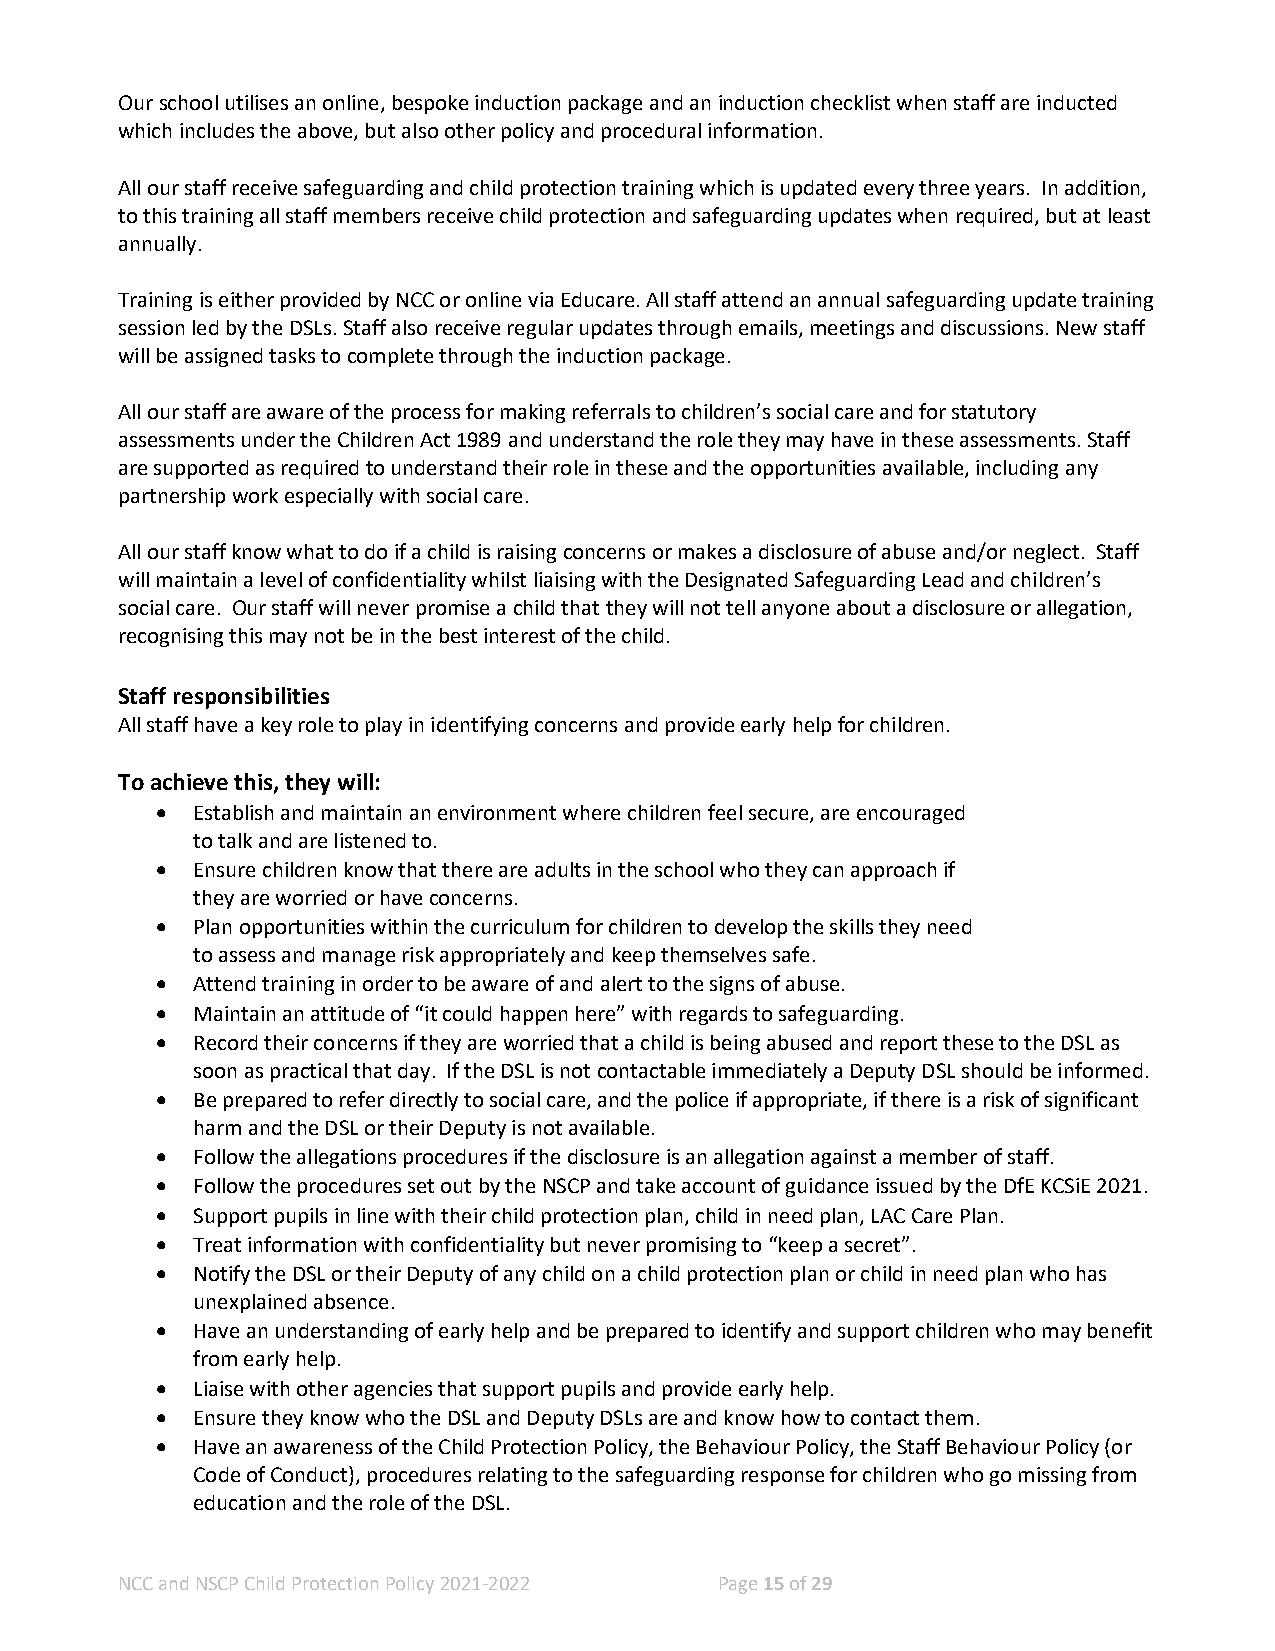
Our school utilises an online, bespoke induction package and an induction checklist when staff are inducted
 which includes the above, but also other policy and procedural information.
 All our staff receive safeguarding and child protection training which is updated every three years. In addition,
 to this training all staff members receive child protection and safeguarding updates when required, but at least
 annually.
 Training is either provided by NCC or online via Educare. All staff attend an annual safeguarding update training
 session led by the DSLs. Staff also receive regular updates through emails, meetings and discussions. New staff
 will be assigned tasks to complete through the induction package.
 All our staff are aware of the process for making referrals to children’s social care and for statutory
 assessments under the Children Act 1989 and understand the role they may have in these assessments. Staff
 are supported as required to understand their role in these and the opportunities available, including any
 partnership work especially with social care.
 All our staff know what to do if a child is raising concerns or makes a disclosure of abuse and/or neglect. Staff
 will maintain a level of confidentiality whilst liaising with the Designated Safeguarding Lead and children’s
 social care. Our staff will never promise a child that they will not tell anyone about a disclosure or allegation,
 recognising this may not be in the best interest of the child.
 Staff responsibilities
 All staff have a key role to play in identifying concerns and provide early help for children.
 To achieve this, they will:
 •  Establish and maintain an environment where children feel secure, are encouraged
 to talk and are listened to.
 •  Ensure children know that there are adults in the school who they can approach if
 they are worried or have concerns.
 •  Plan opportunities within the curriculum for children to develop the skills they need
 to assess and manage risk appropriately and keep themselves safe.
 •  Attend training in order to be aware of and alert to the signs of abuse.
 •  Maintain an attitude of “it could happen here” with regards to safeguarding.
 •  Record their concerns if they are worried that a child is being abused and report these to the DSL as
 soon as practical that day. If the DSL is not contactable immediately a Deputy DSL should be informed.
 •  Be prepared to refer directly to social care, and the police if appropriate, if there is a risk of significant
 harm and the DSL or their Deputy is not available.
 •  Follow the allegations procedures if the disclosure is an allegation against a member of staff.
 •  Follow the procedures set out by the NSCP and take account of guidance issued by the DfE KCSiE 2021.
 •  Support pupils in line with their child protection plan, child in need plan, LAC Care Plan.
 •  Treat information with confidentiality but never promising to “keep a secret”.
 •  Notify the DSL or their Deputy of any child on a child protection plan or child in need plan who has
 unexplained absence.
 •  Have an understanding of early help and be prepared to identify and support children who may benefit
 from early help.
 •  Liaise with other agencies that support pupils and provide early help.
 •  Ensure they know who the DSL and Deputy DSLs are and know how to contact them.
 •  Have an awareness of the Child Protection Policy, the Behaviour Policy, the Staff Behaviour Policy (or
 Code of Conduct), procedures relating to the safeguarding response for children who go missing from
 education and the role of the DSL.
 NCC and NSCP Child Protection Policy 2021-2022 Page 15 of 29